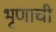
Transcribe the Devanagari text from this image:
भृणाची